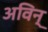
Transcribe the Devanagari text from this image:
अविन्